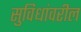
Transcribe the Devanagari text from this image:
सुविधांवरील